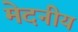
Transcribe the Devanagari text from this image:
मेदनीय